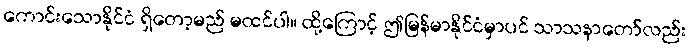
ကောင်းသောနိုင်ငံ ရှိတော့မည် မထင်ပါ။ ထို့ကြောင့် ဤမြန်မာနိုင်ငံမှာပင် သာသနာတော်လည်း